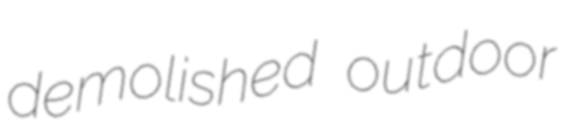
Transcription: demolished outdoor